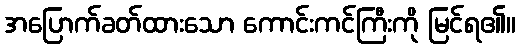
အပြောက်ခတ်ထားသော ကောင်းကင်ကြီးကို မြင်ရ၏။